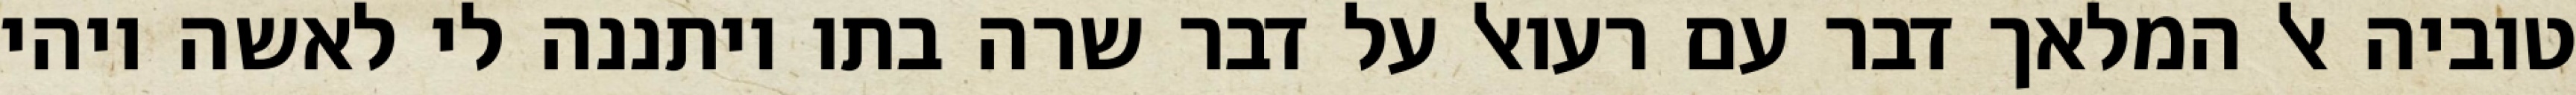
טוביה אל המלאך דבר עם רעואל על דבר שרה בתו ויתננה לי לאשה ויהי